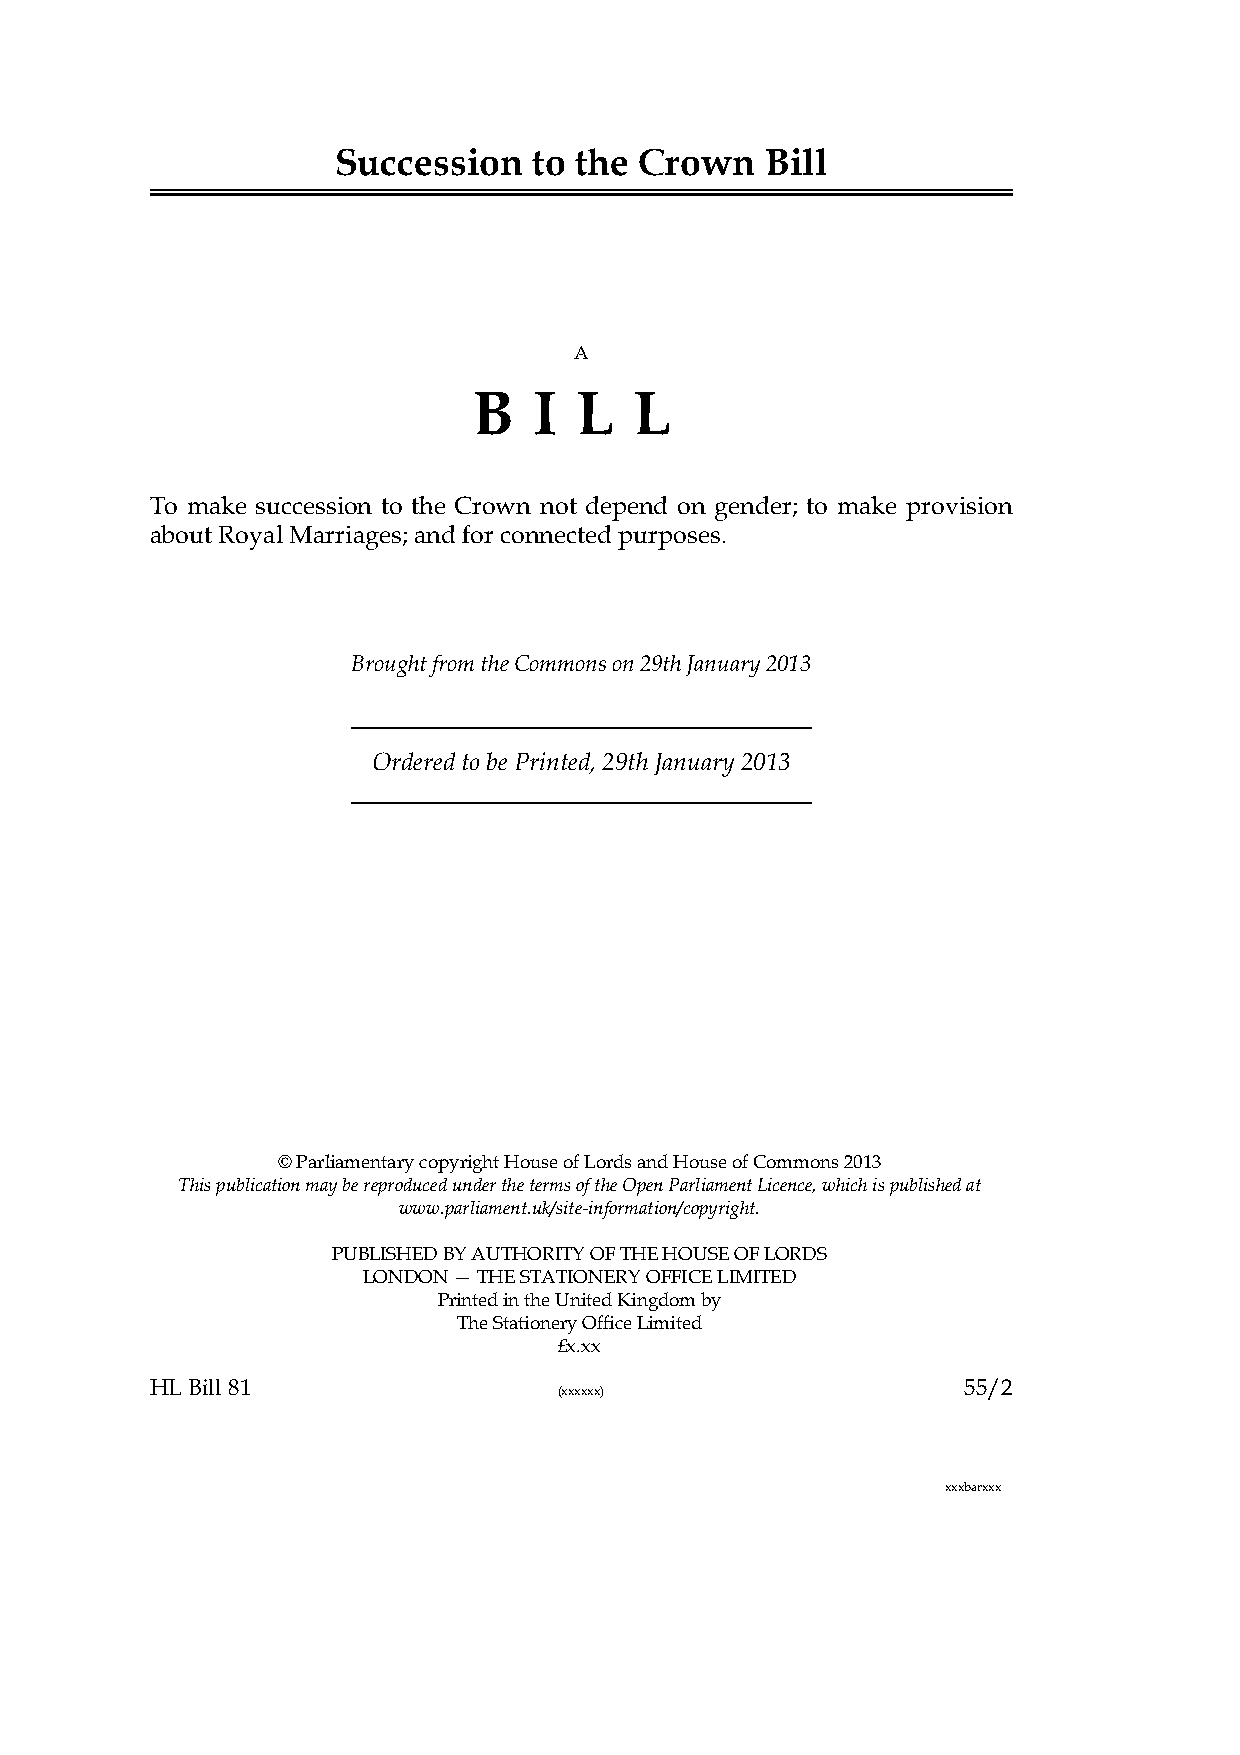
Succession   to the Crown    Bill
 A
 B   I  L   L
 To make succession to the Crown not depend on gender; to make provision
 about Royal Marriages; and for connected purposes.
 Brought from the Commons on 29th January 2013
 Ordered to be Printed, 29th January 2013
 © Parliamentary copyright House of Lords and House of Commons 2013
 This publication may be reproduced under the terms of the Open Parliament Licence, which is published at
 www.parliament.uk/site-information/copyright.
 PUBLISHED BY AUTHORITY OF THE HOUSE OF LORDS
 LONDON — THE STATIONERY OFFICE LIMITED
 Printed in the United Kingdom by
 The Stationery Office Limited
 £x.xx
 HL Bill 81                                            55/2
 (xxxxxx)
 xxxbarxxx